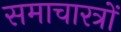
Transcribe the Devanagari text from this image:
समाचारत्रों